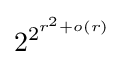
2^{2^{r^{2}+o(r)}}